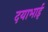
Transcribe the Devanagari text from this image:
दयाभाई